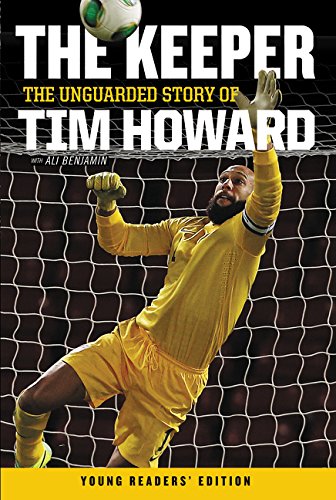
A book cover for The Keeper: The Unguarded Story of Tim Howard Young Readers' Edition; Tim Howard; Children's Books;